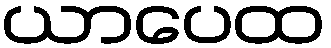
ယာပေထ